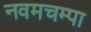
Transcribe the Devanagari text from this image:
नवमचम्पा